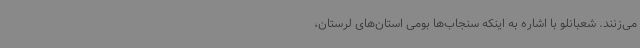
می‌زنند. شعبانلو با اشاره به اینکه سنجاب‌ها بومی استان‌های لرستان،